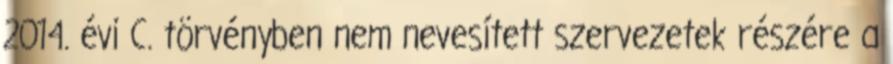
2014. évi C. törvényben nem nevesített szervezetek részére a